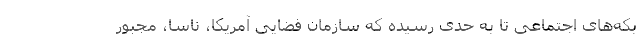
بکه‌های اجتماعی تا به حدی رسیده که سازمان فضایی آمریکا، ناسا، مجبور